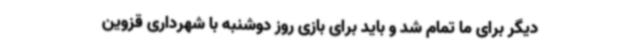
دیگر برای ما تمام شد و باید برای بازی روز دوشنبه با شهرداری قزوین